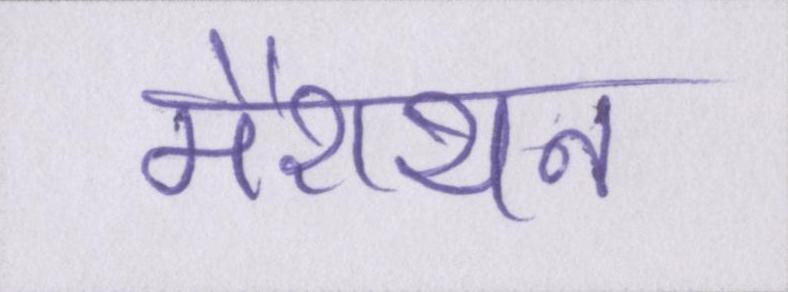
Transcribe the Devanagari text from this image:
मैराथन